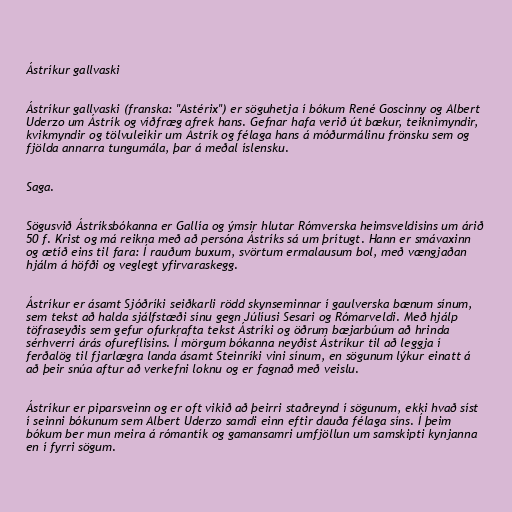
Ástríkur gallvaski

Ástríkur gallvaski (franska: "Astérix") er söguhetja í bókum René Goscinny og Albert
Uderzo um Ástrík og víðfræg afrek hans. Gefnar hafa verið út bækur, teiknimyndir,
kvikmyndir og tölvuleikir um Ástrík og félaga hans á móðurmálinu frönsku sem og
fjölda annarra tungumála, þar á meðal íslensku.

Saga.

Sögusvið Ástríksbókanna er Gallía og ýmsir hlutar Rómverska heimsveldisins um árið
50 f. Krist og má reikna með að persóna Ástríks sá um þrítugt. Hann er smávaxinn
og ætíð eins til fara: Í rauðum buxum, svörtum ermalausum bol, með vængjaðan
hjálm á höfði og veglegt yfirvaraskegg.

Ástríkur er ásamt Sjóðríki seiðkarli rödd skynseminnar í gaulverska bænum sínum,
sem tekst að halda sjálfstæði sínu gegn Júlíusi Sesari og Rómarveldi. Með hjálp
töfraseyðis sem gefur ofurkrafta tekst Ástríki og öðrum bæjarbúum að hrinda
sérhverri árás ofureflisins. Í mörgum bókanna neyðist Ástríkur til að leggja í
ferðalög til fjarlægra landa ásamt Steinríki vini sínum, en sögunum lýkur einatt á
að þeir snúa aftur að verkefni loknu og er fagnað með veislu.

Ástríkur er piparsveinn og er oft vikið að þeirri staðreynd í sögunum, ekki hvað síst
í seinni bókunum sem Albert Uderzo samdi einn eftir dauða félaga síns. Í þeim
bókum ber mun meira á rómantík og gamansamri umfjöllun um samskipti kynjanna
en í fyrri sögum.